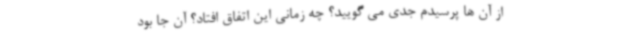
از آن ها پرسیدم جدی می گویید؟ چه زمانی این اتفاق افتاد؟ آن جا بود